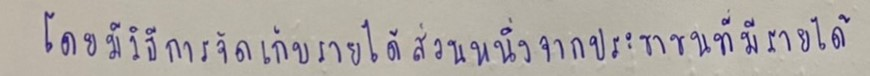
โดยมีวิธีการจัดเก็บรายได้ส่วนหนึ่งจากประชาชนที่มีรายได้